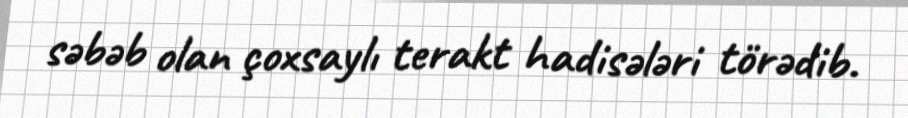
səbəb olan çoxsaylı terakt hadisələri törədib.